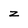
Character: z